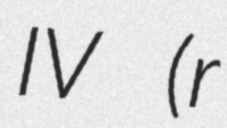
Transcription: IV (r